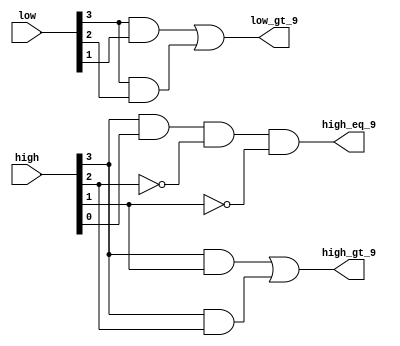
// This program was cloned from: https://github.com/ManuFerHi/N-GO
// License: GNU General Public License v3.0

// Copyright (C) 1991-2013 Altera Corporation
// Your use of Altera Corporation's design tools, logic functions 
// and other software and tools, and its AMPP partner logic 
// functions, and any output files from any of the foregoing 
// (including device programming or simulation files), and any 
// associated documentation or information are expressly subject 
// to the terms and conditions of the Altera Program License 
// Subscription Agreement, Altera MegaCore Function License 
// Agreement, or other applicable license agreement, including, 
// without limitation, that your use is for the sole purpose of 
// programming logic devices manufactured by Altera and sold by 
// Altera or its authorized distributors.  Please refer to the 
// applicable agreement for further details.

// PROGRAM		"Quartus II 64-Bit"
// VERSION		"Version 13.0.1 Build 232 06/12/2013 Service Pack 1 SJ Web Edition"
// CREATED		"Mon Oct 13 12:01:36 2014"

module alu_prep_daa(
	high,
	low,
	low_gt_9,
	high_eq_9,
	high_gt_9
);


input wire	[3:0] high;
input wire	[3:0] low;
output wire	low_gt_9;
output wire	high_eq_9;
output wire	high_gt_9;

wire	SYNTHESIZED_WIRE_0;
wire	SYNTHESIZED_WIRE_1;
wire	SYNTHESIZED_WIRE_2;
wire	SYNTHESIZED_WIRE_3;
wire	SYNTHESIZED_WIRE_4;
wire	SYNTHESIZED_WIRE_5;




assign	SYNTHESIZED_WIRE_4 =  ~high[2];

assign	SYNTHESIZED_WIRE_1 = low[3] & low[2];

assign	SYNTHESIZED_WIRE_3 = high[3] & high[2];

assign	SYNTHESIZED_WIRE_0 = low[3] & low[1];

assign	low_gt_9 = SYNTHESIZED_WIRE_0 | SYNTHESIZED_WIRE_1;

assign	SYNTHESIZED_WIRE_2 = high[3] & high[1];

assign	high_gt_9 = SYNTHESIZED_WIRE_2 | SYNTHESIZED_WIRE_3;

assign	SYNTHESIZED_WIRE_5 =  ~high[1];

assign	high_eq_9 = high[3] & high[0] & SYNTHESIZED_WIRE_4 & SYNTHESIZED_WIRE_5;


endmodule